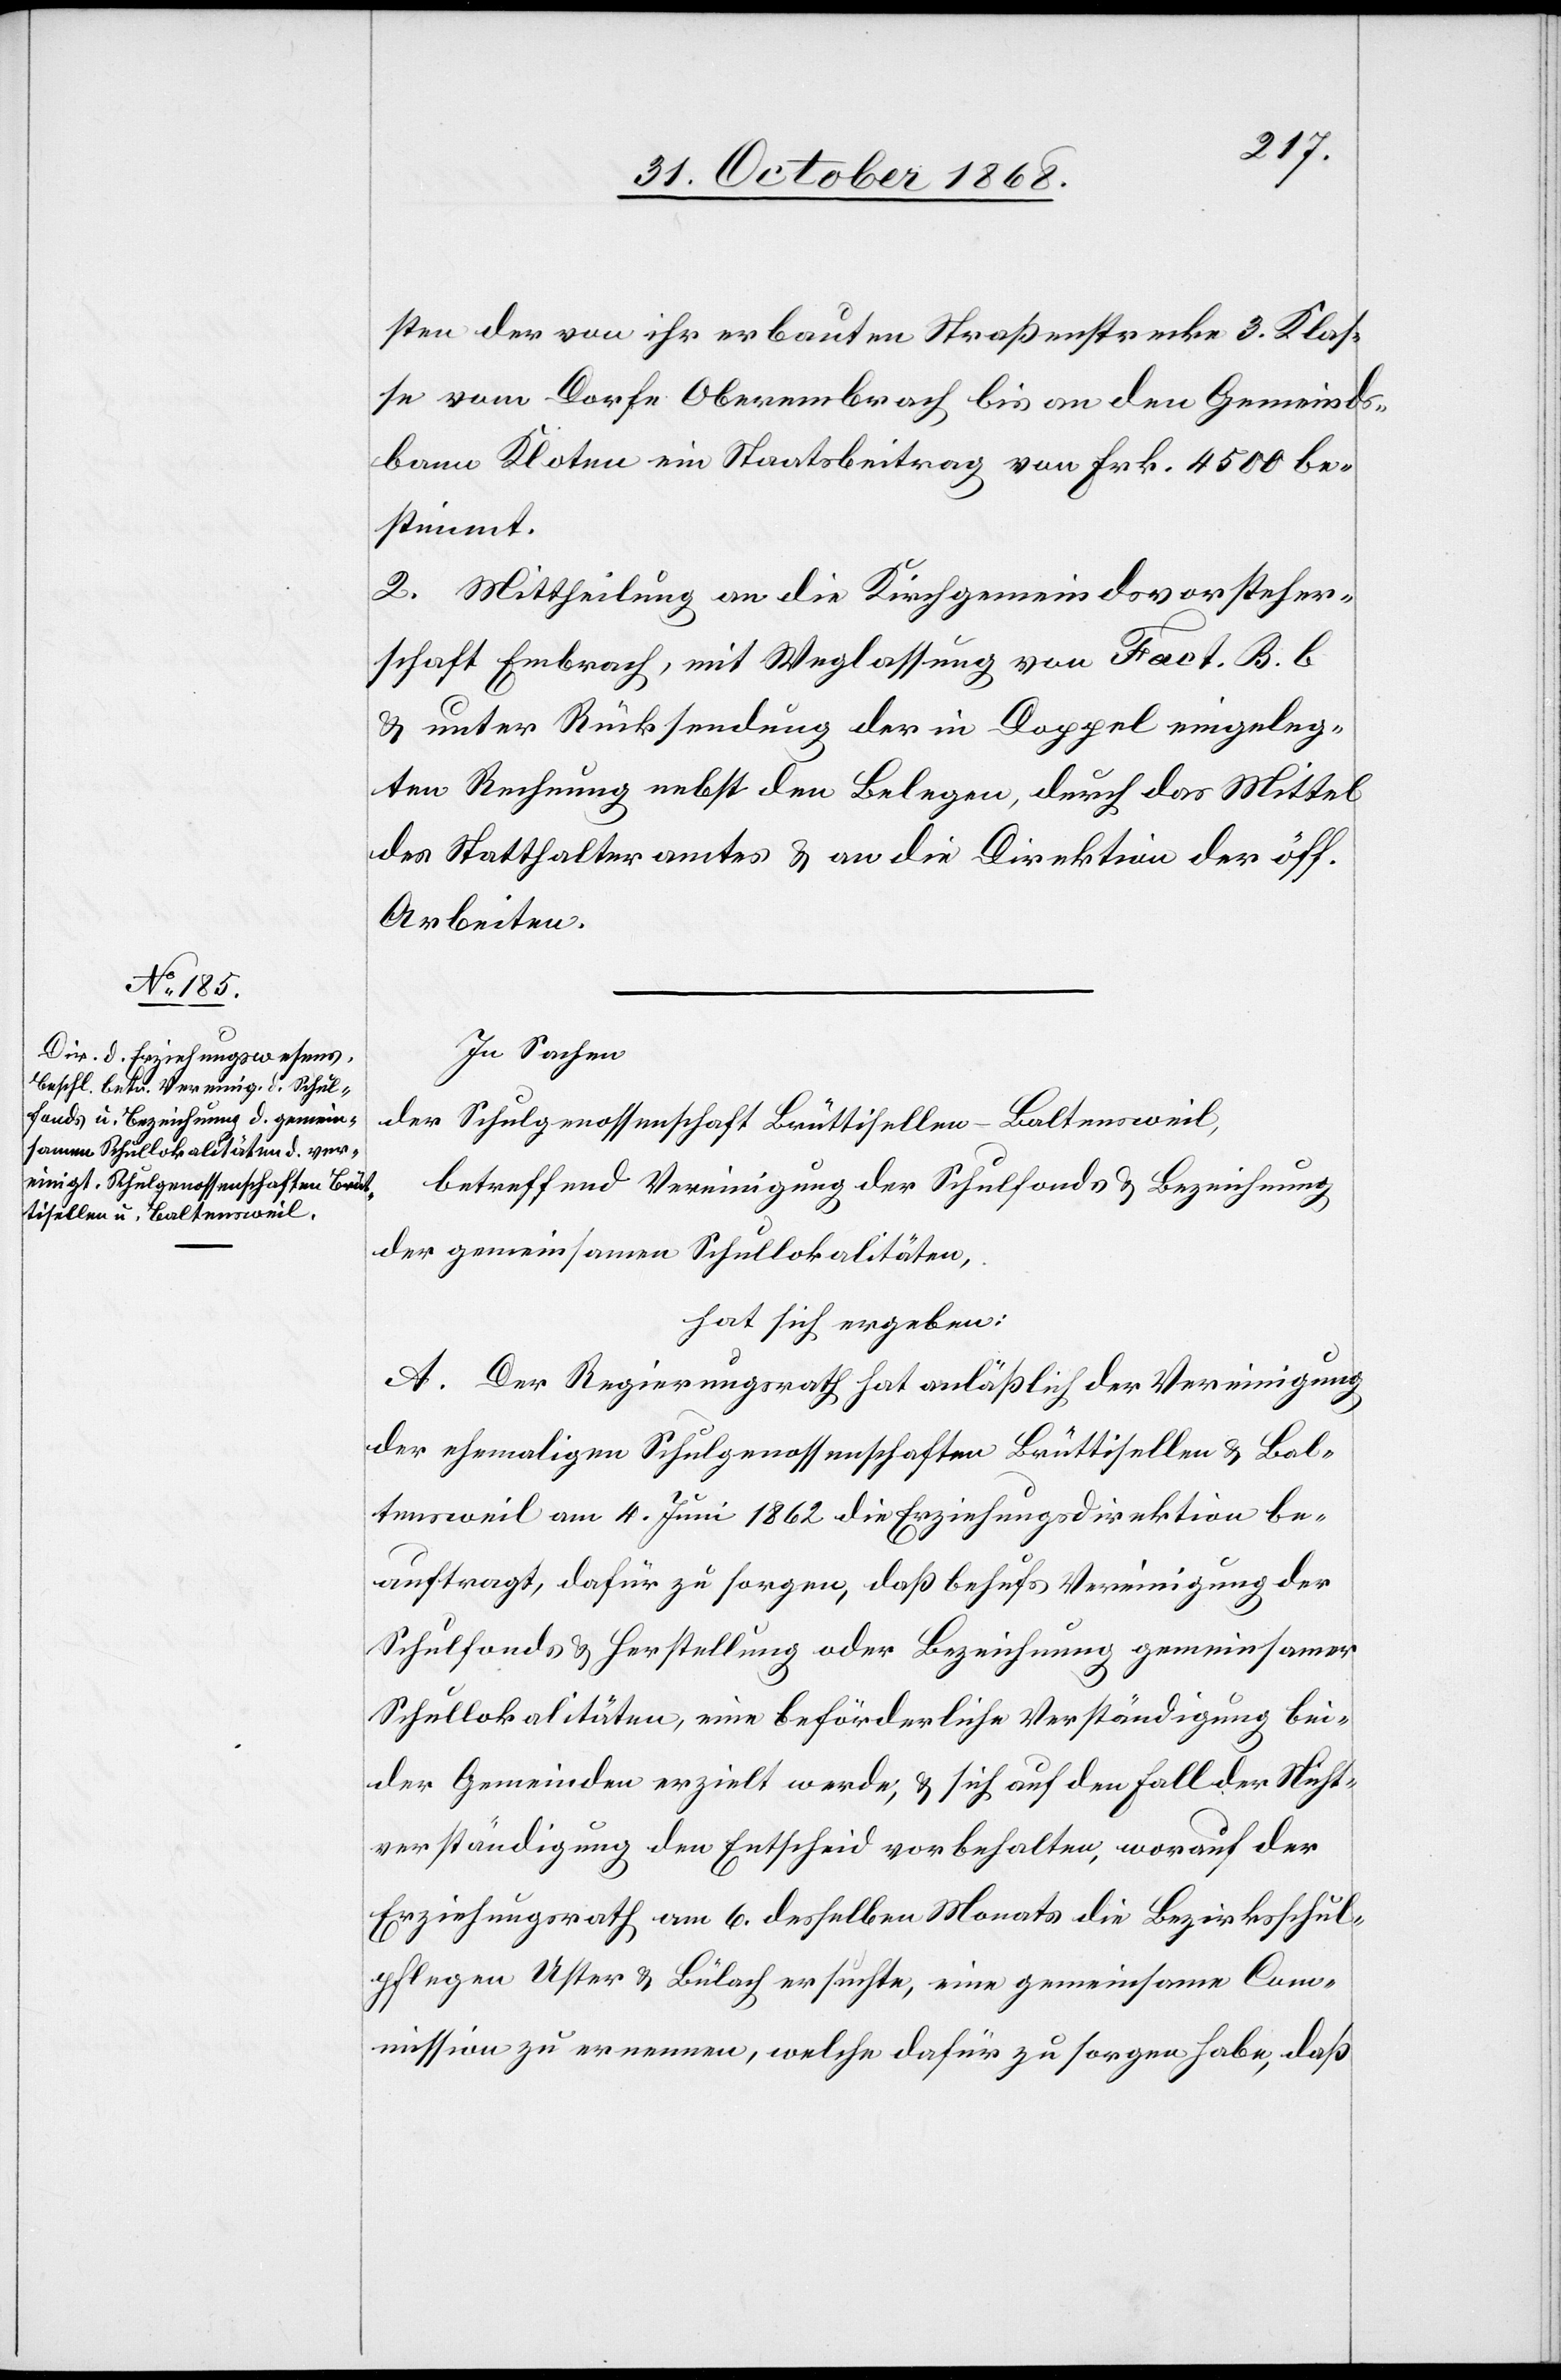
sten der von ihr erbauten Straßenstrecke 3. Klas¬
se vom Dorfe Oberembrach bis an den Gemeinds¬
bann Kloten ein Staatsbeitrag von Frk. 4500 be¬
stimmt.
2. Mittheilung an die Kirchgemeindsvorsteher¬
schaft Embrach, mit Weglassung von Fact. B. b
& unter Rücksendung der in Doppel eingeleg¬
ten Rechnung nebst den Belegen, durch das Mittel
des Statthalteramtes & an die Direktion der öff.
Arbeiten.
In Sachen
der Schulgenossenschaft Brüttisellen-Baltensweil,
betreffend Vereinigung der Schulfonds & Bezeichnung
der gemeinsamen Schullokalitäten,
hat sich ergeben:
A. Der Regierungsrath hat anläßlich der Vereinigung
der ehemaligen Schulgenossenschaften Brüttisellen & Bal¬
tensweil am 4. Juni 1862 die Erziehungsdirektion be¬
auftragt, dafür zu sorgen, daß behufs Vereinigung der
Schulfonds & Herstellung oder Bezeichnung gemeinsamer
Schullokalitäten, eine beförderliche Verständigung bei¬
der Gemeinden erzielt werde, & sich auf den Fall der Nicht¬
verständigung den Entscheid vorbehalten, worauf der
Erziehungsrath am 6. desselben Monats die Bezirksschul¬
pflegen Uster & Bülach ersuchte, eine gemeinsame Com¬
mission zu ernennen, welche dafür zu sorgen habe, daß